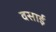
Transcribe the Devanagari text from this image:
वसाई